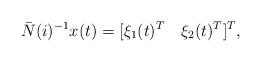
LaTeX: \begin{align*}\bar N(i)^{-1}x(t)=[\xi_1(t)^T\quad\xi_2(t)^T]^T,\end{align*}